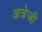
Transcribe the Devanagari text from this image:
अत्रेजी